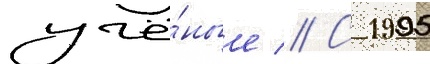
учё́ные // С 1995